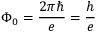
\Phi _ { 0 } = \frac { 2 \pi \hbar } { e } = \frac { h } { e }